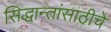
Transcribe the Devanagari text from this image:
सिद्धान्तांसाठीचे